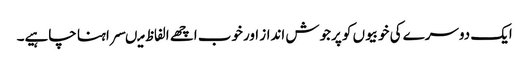
ایک دوسرے کی خوبیوں کو پرجوش انداز اورخوب اچھے الفاظ میںسراہنا چاہیے۔